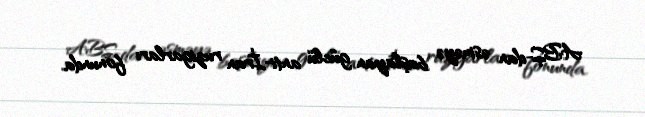
ABŞ-dan əsməyə başlayan güclü anti-İran ruzigarları fonunda.